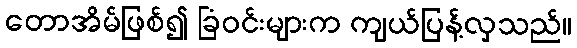
တောအိမ်ဖြစ်၍ ခြံဝင်းများက ကျယ်ပြန့်လှသည်။